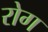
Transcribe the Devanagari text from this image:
रोग